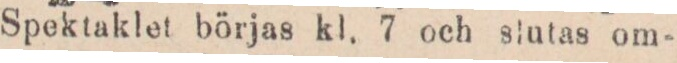
Spektaklet börjas kl. 7 och slutas om-